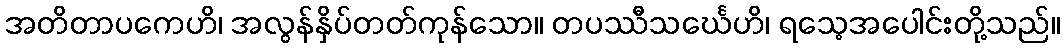
အတိတာပကေဟိ၊ အလွန်နှိပ်တတ်ကုန်သော။ တပဿီသင်္ဃေဟိ၊ ရသေ့အပေါင်းတို့သည်။